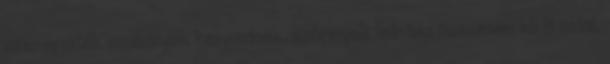
szerepjáték szabályok helyszínek, szörnyek leírása összesen kb 8 oldal,